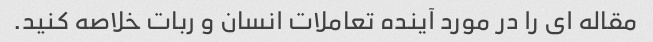
مقاله ای را در مورد آینده تعاملات انسان و ربات خلاصه کنید.